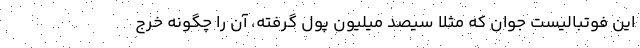
اين فوتباليست جوان كه مثلا سيصد ميليون پول گرفته، آن را چگونه خرج